Report on vaccination in Madras 1895-1903 - 1895-1903
Year: 1895
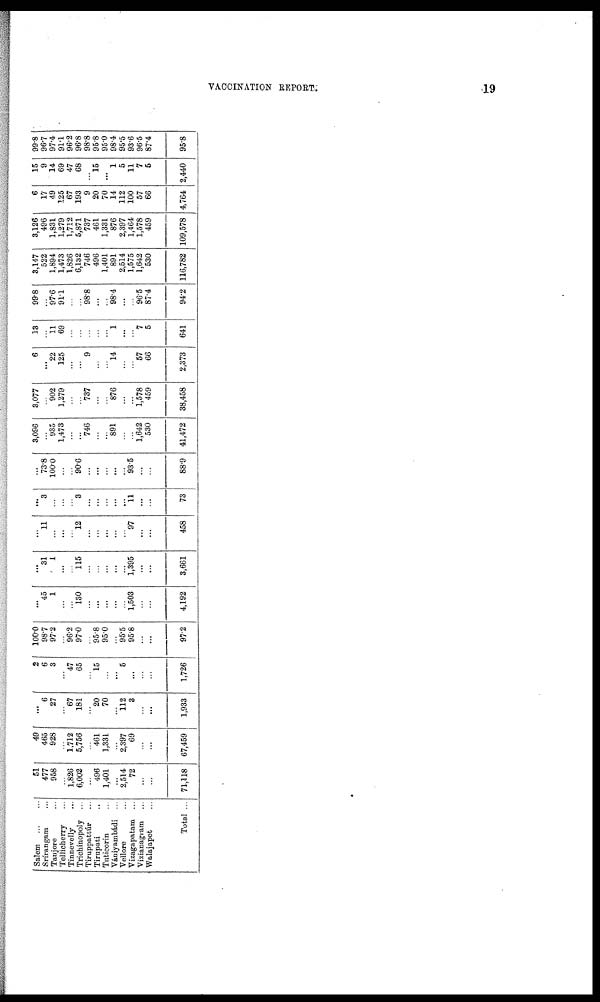
VACCINATION REPORT
19
Salem
... ...
Srírangam ...
Tanjore ...
Tellicherry ...
Tinnevelly ...
Trichinopoly ...
Tiruppattúr ...
Tirupati ...
Tuticorin ...
Vániyambádi ...
Vellore ...
Vizagapatam ...
Vizianagram ...
Walajapet ...
Total ...
51
477
958
...
1,826
6,002
...
496
1,401
...
2,514
72
...
...
71,118
49
465
928
...
1,712
5,756
...
461
1,331
...
2,397
69
...
...
67,459
...
6
27
...
67
181
...
20
70
...
112
3
...
...
1,933
2
6
3
...
47
65
...
15
...
...
5
...
...
...
1,726
100.0
98.7
97.2
...
96.2
97.0
...
95.8
95.0
...
95.5
95.8
...
...
97.2
...
45
1
...
...
130
...
...
...
...
...
1,503
...
...
4,192
...
31
1
...
...
115
...
...
...
...
...
1,395
...
...
3,661
...
11
...
...
...
12
...
...
...
...
...
97
...
...
458
...
3
...
...
...
3
...
...
...
...
...
11
...
...
73
...
73.8
100.0
...
...
90.6
...
...
...
...
...
93.5
...
...
88.9
3,096
...
935
1,473
...
...
746
...
...
891
...
...
1,642
530
41,472
3,077
...
902
1,279
...
...
737
...
...
876
...
...
1,578
459
38,458
6
...
22
125
...
...
9
...
...
14
...
...
57
66
2,373
13
...
11
69
...
...
...
...
...
1
...
...
7
5
641
99.8
...
97.6
91.1
...
...
98.8
...
...
98.4
...
...
96.5
87.4
94.2
3,147
522
1,894
1,473
1,826
6,132
746
496
1,401
891
2,514
1,575
1,642
530
116,782
3,126
496
1,831
1,279
1,712
5,871
737
461
1,331
876
2,397
1,464
1,578
459
109,578
6
17
49
125
67
193
9
20
70
14
112
100
57
66
4,764
15
9
14
69
47
68
...
15
...
1
5
11
7
5
2,440
99.8
96.7
97.4
91.1
96.2
96.8
98.8
95.8
95.0
98.4
95.5
93.6
96.5
87.4
95.8